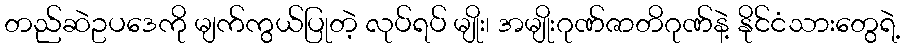
တည်ဆဲဥပဒေကို မျက်ကွယ်ပြုတဲ့ လုပ်ရပ် မျိုး၊ အမျိုးဂုဏ်ဇာတိဂုဏ်နဲ့ နိုင်ငံသားတွေရဲ့